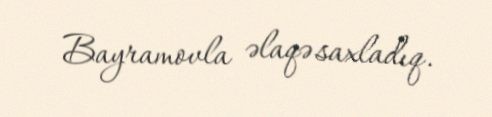
Bayramovla əlaqə saxladıq.